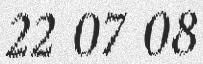
22 07 08